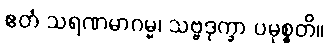
ဧတံ သရဏမာဂမ္မ၊ သဗ္ဗဒုက္ခာ ပမုစ္စတိ။